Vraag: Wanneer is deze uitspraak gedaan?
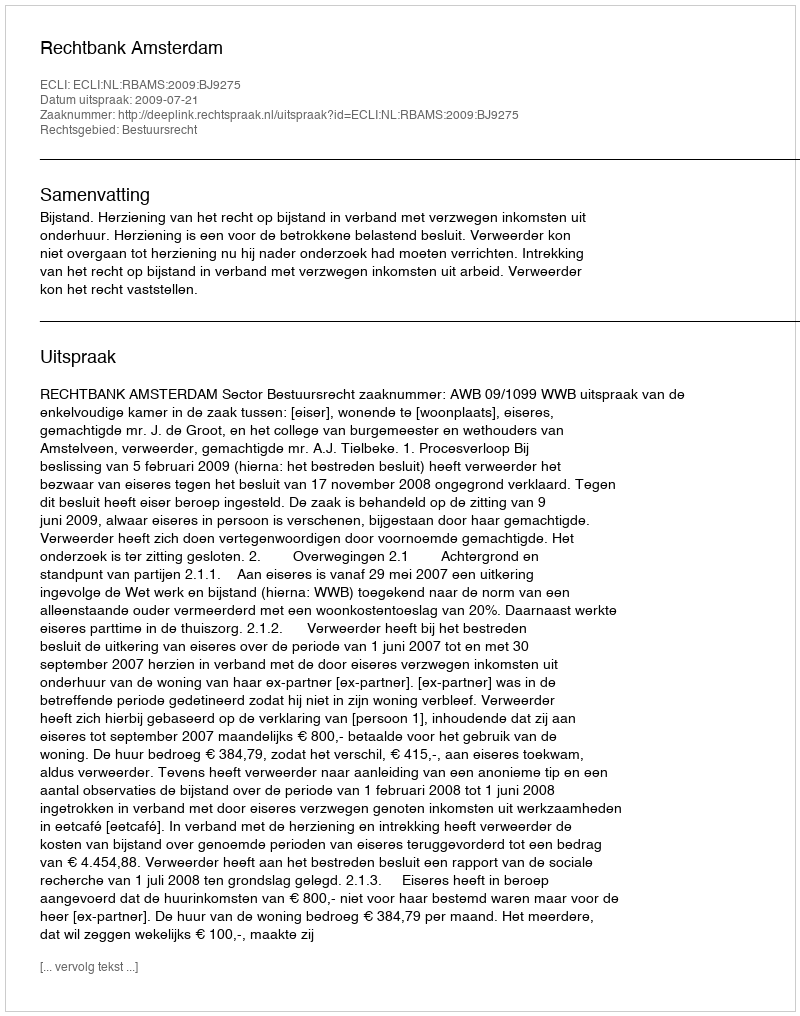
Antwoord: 2009-07-21